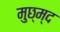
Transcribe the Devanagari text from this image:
मुछ्म्द